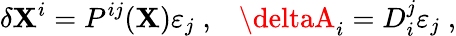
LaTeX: \delta\mathbf{X}^{i}=P^{ij}(\mathbf{X})\varepsilon_{j}\; ,\; \; \; \deltaA_{i}=D_{i}^{j}\varepsilon_{j}\; ,